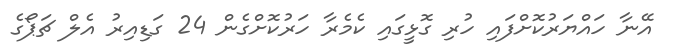
އޭނާ ހައްޔަރުކޮށްފައި ހުރި ގޮޅީގައި ކެމެރާ ހަރުކޮށްގެން 24 ގަޑިއިރު އެލް ޗަޕޯގެ